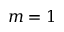
m = 1